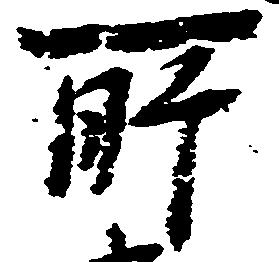
所